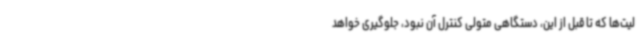
لیت‌ها که تا قبل از این، دستگاهی متولی کنترل آن نبود، جلوگیری خواهد